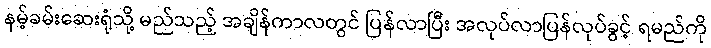
နမ့်ခမ်းဆေးရုံသို့ မည်သည့် အချိန်ကာလတွင် ပြန်လာပြီး အလုပ်လာပြန်လုပ်ခွင့် ရမည်ကို